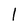
Character: l